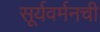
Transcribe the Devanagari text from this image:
सूर्यवर्मनची